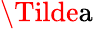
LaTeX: \Tilde{\mathrm{a}}